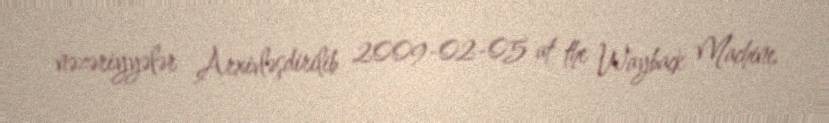
nəzəriyyələr Arxivləşdirilib 2009-02-05 at the Wayback Machine.